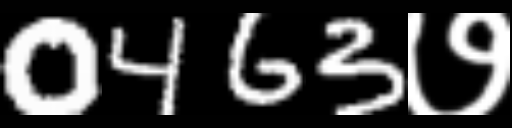
Text: 0463७